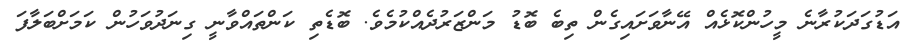
އަޑުގަދަކުރާނެ މީހުންކޮޅެއް އޭނާވަށައިގެން ތިބެ ބޮޑު މަންޒަރުދެއްކުމެވެ. ބޮޑެތި ކަންތައްވާނީ ގިނަދުވަހުން ކަމަށްބަލާފަ